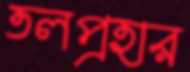
তলপ্রহার